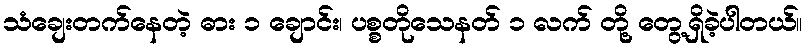
သံချေးတက်နေတဲ့ ဓား ၁ ချောင်း၊ ပစ္စတိုသေနတ် ၁ လက် တို့ တွေ့ရှိခဲ့ပါတယ်။